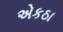
એકઠા